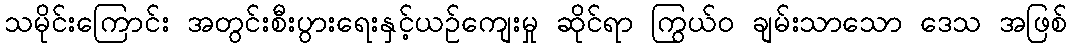
သမိုင်းကြောင်း အတွင်းစီးပွားရေးနှင့်ယဉ်ကျေးမှု ဆိုင်ရာ ကြွယ်ဝ ချမ်းသာသော ဒေသ အဖြစ်